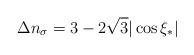
LaTeX: \begin{align*}\Delta n_\sigma = 3 - 2\sqrt{3}|\cos\xi_*|\end{align*}